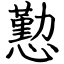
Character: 懃